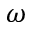
\omega